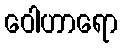
ဝေါဟာရော